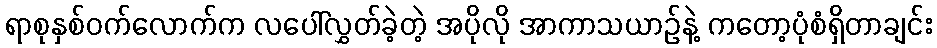
ရာစုနှစ်ဝက်လောက်က လပေါ်လွှတ်ခဲ့တဲ့ အပိုလို အာကာသယာဉ်နဲ့ ကတော့ပုံစံရှိတာချင်း